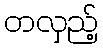
တလှည့်